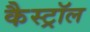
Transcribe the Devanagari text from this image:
कैस्ट्रॉल